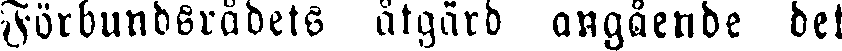
Förbundsrådets åtgärd angående det